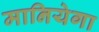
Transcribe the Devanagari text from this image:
मानियेगा